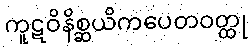
ကူဋဝိနိစ္ဆယိကပေတဝတ္ထု